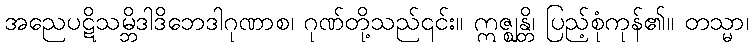
အညေပဋိသမ္ဘိဒါဒိဘေဒါဂုဏာစ၊ ဂုဏ်တို့သည်၎င်း။ ဣဇ္ဈန္တိ၊ ပြည့်စုံကုန်၏။ တသ္မာ၊